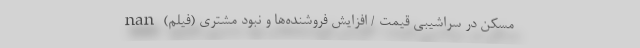
مسکن در سراشیبی قیمت / افزایش فروشنده‌ها و نبود مشتری (فیلم) nan